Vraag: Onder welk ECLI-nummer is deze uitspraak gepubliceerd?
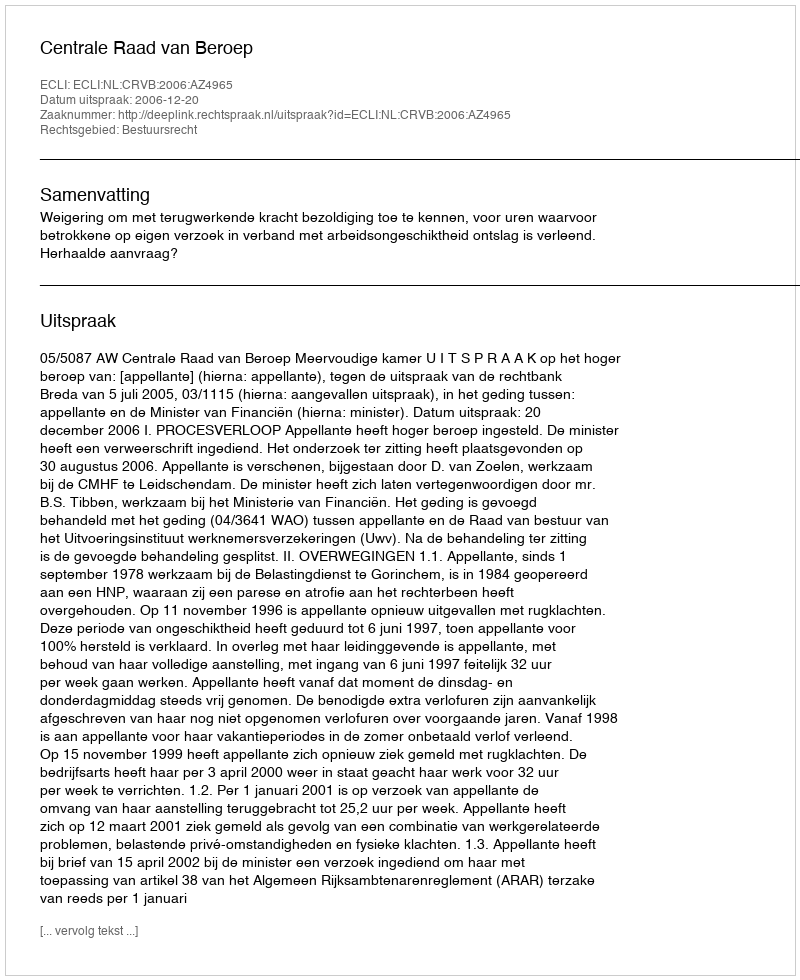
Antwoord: ECLI:NL:CRVB:2006:AZ4965